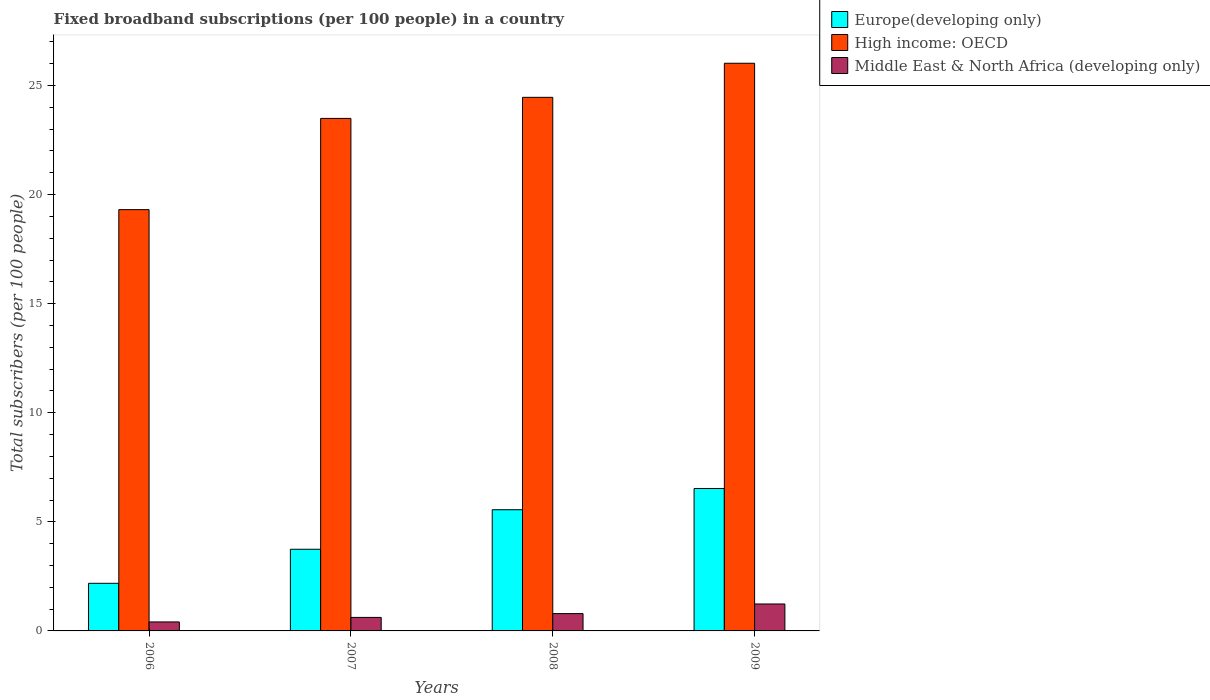
| Years | Europe(developing only) | High income: OECD | Middle East & North Africa (developing only) |
 | --- | --- | --- | --- |
 | 2006 | 2.18 | 19.3 | 0.412 |
 | 2007 | 3.74 | 23.5 | 0.619 |
 | 2008 | 5.56 | 24.5 | 0.794 |
 | 2009 | 6.53 | 26 | 1.23 |